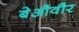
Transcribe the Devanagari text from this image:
बेऔवौर